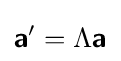
{\boldsymbol {\mathsf {a}}}'=\Lambda {\boldsymbol {\mathsf {a}}}